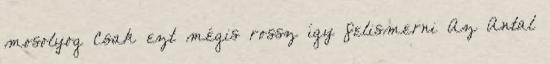
mosolyog Csak ezt mégis rossz így felismerni Az Antal